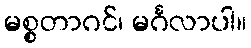
မစ္စတာဂင်၊ မင်္ဂလာပါ။